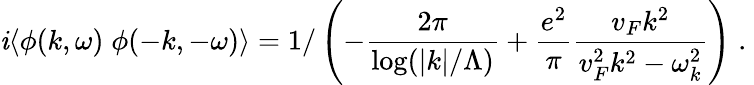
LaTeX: \mathit{i}\langle\phi(k,\omega)\; \phi(-k,-\omega)\rangle=1/\left(-\frac{{2\pi}}{{\log(|k|/\Lambda)}}+\frac{{e^{2}}}{{\pi}}\frac{{v_{F}k^{2}}}{{v_{F}^{2}k^{2}-\omega_{k}^{2}}}\right)\; .\;